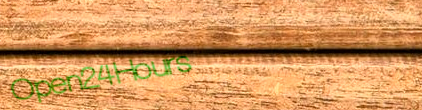
Open24Hours